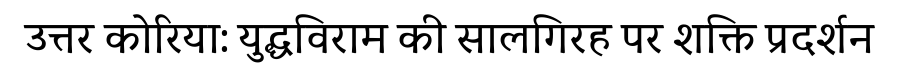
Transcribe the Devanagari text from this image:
उत्तर कोरिया: युद्धविराम की सालगिरह पर शक्ति प्रदर्शन